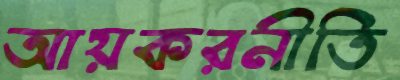
আয়করনীতি